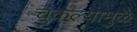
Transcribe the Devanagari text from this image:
चुकल्यामुळे